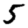
Digit: 5